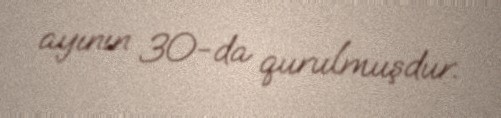
ayının 30-da qurulmuşdur.